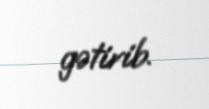
gətirib.